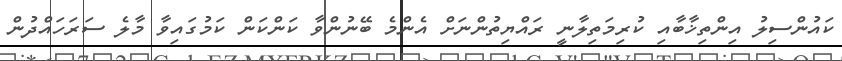
ކައުންސިލު އިންތިޚާބާއި ކުރިމަތިލާނީ ރައްޔިތުންނަށް އެންމެ ބޭނުންވާ ކަންކަން ކަމުގައިވާ މާލެ ސަރަހައްދުން